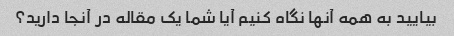
بیایید به همه آنها نگاه کنیم آیا شما یک مقاله در آنجا دارید؟